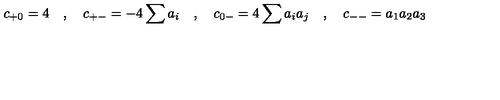
c _ { + 0 } = 4 \quad , \quad c _ { + - } = - 4 \sum a _ { i } \quad , \quad c _ { 0 - } = 4 \sum a _ { i } a _ { j } \quad , \quad c _ { -- } = a _ { 1 } a _ { 2 } a _ { 3 }